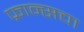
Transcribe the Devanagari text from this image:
फ्रान्‍सचा